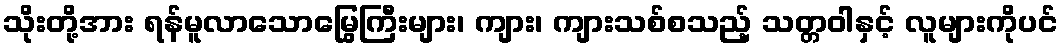
သိုးတို့အား ရန်မူလာသောမြွေကြီးများ၊ ကျား၊ ကျားသစ်စသည့် သတ္တဝါနှင့် လူများကိုပင်